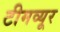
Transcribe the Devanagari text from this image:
टीमव्यूर